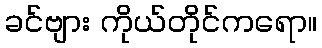
ခင်ဗျား ကိုယ်တိုင်ကရော။